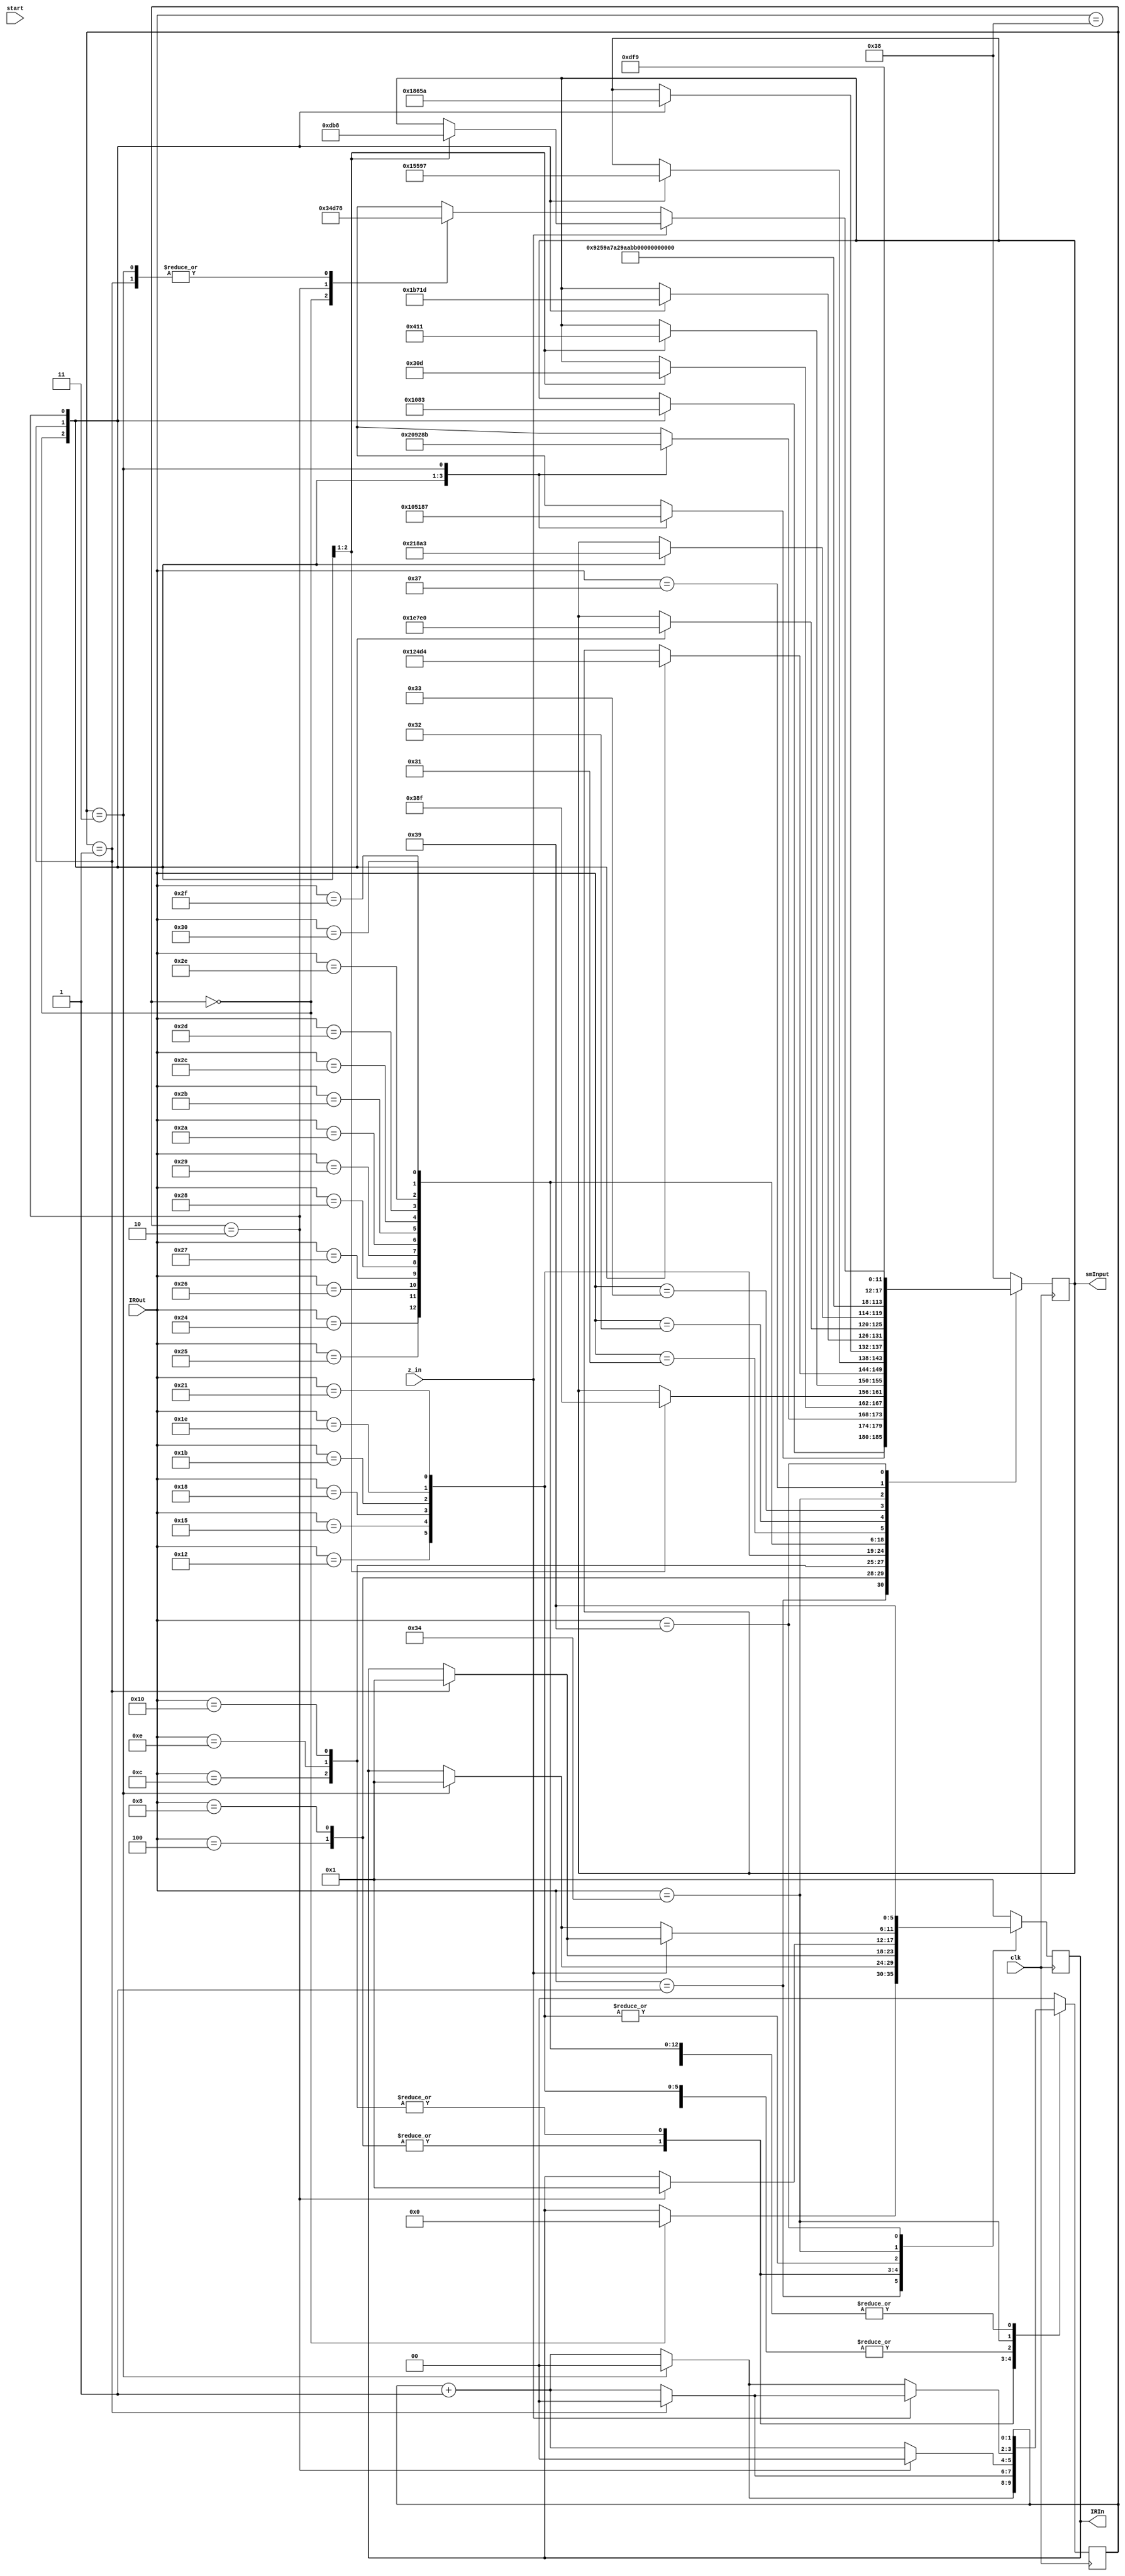
module counter (
    input clk,
    input [5:0] IROut,
    input z_in,
    input start,
    output reg[5:0] smInput,
    output reg[5:0] IRIn
);
reg [1:0] counter = 0;

always @(posedge clk) begin
    case(IROut)
        6'd1 : begin
            case(counter)
                2'd0 : begin
                    smInput <= 6'd1;
                    IRIn <= 6'd0;
                end
                2'd1 : smInput <= 6'd2;
                2'd2 : smInput <= 6'd3; 
                // 2'd3 : smInput <= 6'd57; // FETCH NOP
            endcase
            counter <= counter + 1;
            if(counter == 2'd2)    
            begin
                counter <= 2'd0;  
            end
            
        end
        6'd4 : begin
            case(counter)
                2'd0 : smInput <= 6'd4;
                2'd1 : smInput <= 6'd5;
                2'd2 : smInput <= 6'd6; 
                2'd3 : smInput <= 6'd7; 
            endcase
            counter <= counter + 1;
            if(counter == 2'd3)    
            begin
                $display("dadada");
                counter <= 2'd0;
                IRIn <= 6'd1;
            end
        end
        6'd8 : begin
            case(counter)
                2'd0 : smInput <= 6'd8;
                2'd1 : smInput <= 6'd9;
                2'd2 : smInput <= 6'd10; 
                2'd3 : smInput <= 6'd11; 
            endcase
            counter <= counter + 1;
            if(counter == 2'd3)
            begin
                counter <= 2'd0;
                IRIn <= 6'd1;
            end
        end
        6'd12 : begin
            case(counter)
                2'd0 : smInput <= 6'd12;
                2'd1 : smInput <= 6'd13;
            endcase
            counter <= counter + 1;
            if(counter == 2'd1)
            begin
                counter <= 2'd0;
                IRIn <= 6'd1;
            end
        end
        6'd14 : begin
            case(counter)
                2'd0 : smInput <= 6'd14;
                2'd1 : smInput <= 6'd15; 
            endcase
            counter <= counter + 1;
            if(counter == 2'd1)
            begin
                counter <= 2'd0;
                IRIn <= 6'd1;
            end
        end
        6'd16 : begin
            case(counter)
                2'd0 : smInput <= 6'd16;
                2'd1 : smInput <= 6'd17;
            endcase
            counter <= counter + 1;
            if(counter == 2'd1)
            begin
                counter <= 2'd0;
                IRIn <= 6'd1;
            end
        end
        6'd18 : begin
            case(counter)
                2'd0 : smInput <= 6'd18;
                2'd1 : smInput <= 6'd19;
                2'd2 : smInput <= 6'd20;
            endcase
            counter <= counter + 1;
            if(counter == 2'd2)
            begin
                counter <= 2'd0;
                IRIn <= 6'd1;
            end
        end
        6'd21 : begin
            case(counter)
                2'd0 : smInput <= 6'd21;
                2'd1 : smInput <= 6'd22;
                2'd2 : smInput <= 6'd23;
            endcase
            counter <= counter + 1;
            if(counter == 2'd2)
            begin
                counter <= 2'd0;
                IRIn <= 6'd1;
            end
        end
        6'd24 : begin
            case(counter)
                2'd0 : smInput <= 6'd24;
                2'd1 : smInput <= 6'd25;
                2'd2 : smInput <= 6'd26;
            endcase
            counter <= counter + 1;
            if(counter == 2'd2)
            begin
                counter <= 2'd0;
                IRIn <= 6'd1;
            end
        end
        6'd27 : begin
            case(counter)
                2'd0 : smInput <= 6'd27;
                2'd1 : smInput <= 6'd28;
                2'd2 : smInput <= 6'd29;
            endcase
            counter <= counter + 1;
            if(counter == 2'd2)
            begin
                counter <= 2'd0;
                IRIn <= 6'd1;
            end
        end
        6'd30 : begin
            case(counter)
                2'd0 : smInput <= 6'd30;
                2'd1 : smInput <= 6'd31;
                2'd2 : smInput <= 6'd32;
            endcase
            counter <= counter + 1;
            if(counter == 2'd2)
            begin
                counter <= 2'd0;
                IRIn <= 6'd1;
            end
        end
        6'd33 : begin
            case(counter)
                2'd0 : smInput <= 6'd33;
                2'd1 : smInput <= 6'd34;
                2'd2 : smInput <= 6'd35;
            endcase
            counter <= counter + 1;
            if(counter == 2'd2)
            begin
                counter <= 2'd0;
                IRIn <= 6'd1;
            end
        end
        6'd36 : begin
            smInput <= 6'd36;
            IRIn <= 6'd1;
        end
        6'd37 : begin
            smInput <= 6'd37;
            IRIn <= 6'd1;
        end
        6'd38 : begin
            smInput <= 6'd38;
            IRIn <= 6'd1;
        end
        6'd39 : begin
            smInput <= 6'd39;
            IRIn <= 6'd1;
        end
        6'd40 : begin
            smInput <= 6'd40;
            IRIn <= 6'd1;
        end
        6'd41 : begin
            smInput <= 6'd41;
            IRIn <= 6'd1;
        end
        6'd42 : begin
            smInput <= 6'd42;
            IRIn <= 6'd1;
        end
        6'd43 : begin
            smInput <= 6'd43;
            IRIn <= 6'd1;
        end
        6'd44 : begin
            smInput <= 6'd44;
            IRIn <= 6'd1;
        end
        6'd45 : begin
            smInput <= 6'd45;
            IRIn <= 6'd1;
        end
        6'd46 : begin
            smInput <= 6'd46;
            IRIn <= 6'd1;
        end
        6'd47 : begin
            smInput <= 6'd47;
            IRIn <= 6'd1;
        end
        6'd48 : begin
            smInput <= 6'd48;
            IRIn <= 6'd1;
        end
        6'd49 : begin
            smInput <= 6'd49;
            IRIn <= 6'd1;
        end
        6'd50 : begin
            smInput <= 6'd50;
            IRIn <= 6'd1;
        end
        6'd51 : begin
            smInput <= 6'd51;
            IRIn <= 6'd1;
        end
        6'd52 : begin
            if(z_in == 0) begin
                case(counter)
                    2'd0 : smInput <= 6'd52;
                    2'd1 : smInput <= 6'd56;///// To remove conflicts
                    2'd2 : smInput <= 6'd53;
                    2'd3 : smInput <= 6'd56;///// To remove conflicts
                endcase
                counter <= counter + 1;
                if(counter == 2'd3)
                begin
                    counter <= 2'd0;
                    IRIn <= 6'd1;
                end
            end
            else begin
                case(counter) 
                    2'd0 : smInput <= 6'd54;
                    2'd1 : smInput <= 6'd56;///// To remove conflicts
                endcase
                counter <= counter + 1;
                if(counter == 2'd1)
                begin
                    counter <= 2'd0;
                    IRIn <= 6'd1;
                end
            end

        end
        6'd55 : begin
            smInput <= 6'd55;
            IRIn <= 6'd1;
        end
        6'd56 : begin
            smInput <= 6'd56;
            IRIn <= 6'd1;
        end
        6'd57 : begin
            smInput <= 6'd57;
            IRIn <= 6'd57;
        end
        default: begin
            counter <= 2'd0;
            IRIn <= 6'd1;
            smInput <= 6'd56;
        end
    endcase

end

endmodule